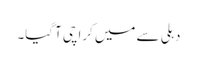
دہلی سے میں کراچی آ گیا۔